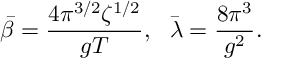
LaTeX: \bar { \beta } = \frac { 4 \pi ^ { 3 / 2 } \zeta ^ { 1 / 2 } } { g T } , ~ ~ \bar { \lambda } = \frac { 8 \pi ^ { 3 } } { g ^ { 2 } } .